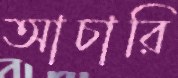
আচারি